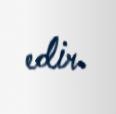
edir.